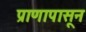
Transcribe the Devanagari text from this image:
प्राणापासून